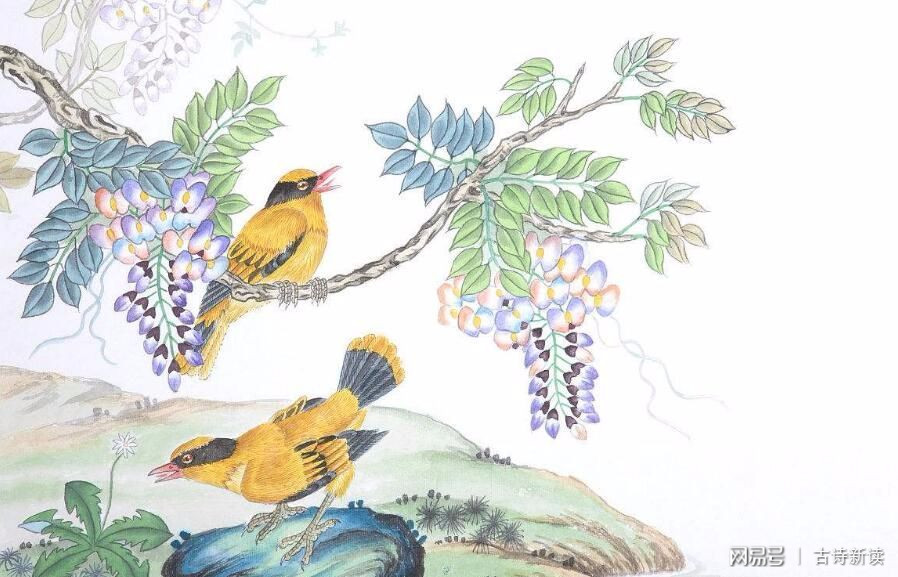
春无踪迹谁知。除非问取黄鹂。